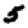
Digit: 5